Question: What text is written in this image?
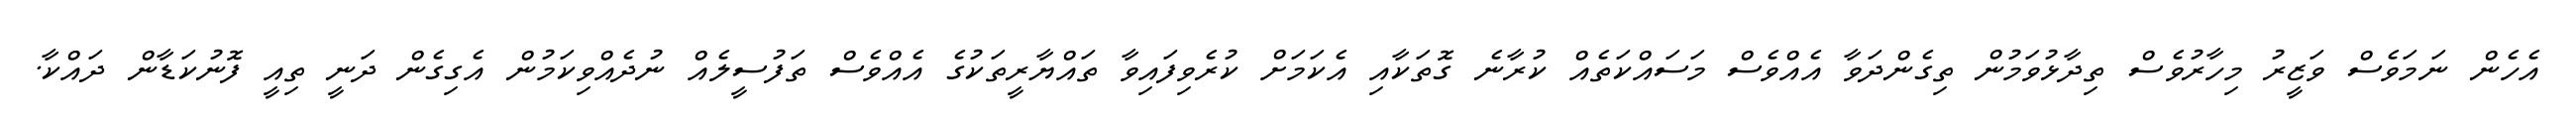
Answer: އެހެން ނަމަވެސް ވަޒީރު މިހާރުވެސް ތިދާޅުވަމުން ތިގެންދަވާ އެއްވެސް މަސައްކަތެއް ކުރާނެ ގޮތަކާއި އެކަމަށް ކުރެވިފައިވާ ތައްޔާރީތަކުގެ އެއްވެސް ތަފުސީލެއް ނުދެއްވިކަމުން އެގިގެން ދަނީ ތިއީ ފޮނުކަޑާން ދައްކާ.